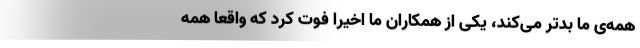
همه‌ی ما بدتر می‌کند، یکی از همکاران ما اخیرا فوت کرد که واقعا همه